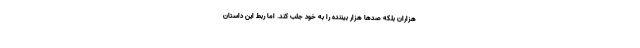
هزاران بلکه صدها هزار بیننده را به خود جلب کند. اما ربط این داستان